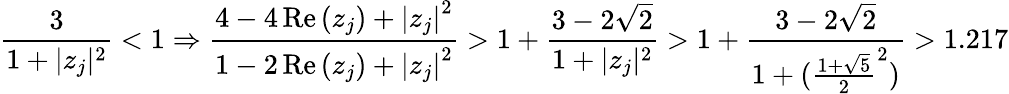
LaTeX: \frac{3}{1+|z_{j}|^{2}}<1\Rightarrow\frac{4-4\operatorname{Re}\left(z_{j}\right)+\left|z_{j}\right|^{2}}{1-2\operatorname{Re}\left(z_{j}\right)+\left|z_{j}\right|^{2}}>1+\frac{3-2\sqrt{2}}{1+|z_{j}|^{2}}>1+\frac{3-2\sqrt{2}}{1+(\frac{1+\sqrt{5}}{2}^{2})}>1.217